Inquiry into the circumstances attending an outbreak of cholera in H. M.'s 18th Hussars at Secunderabad in the month of May
Year: 1871
Disease focus: Cholera
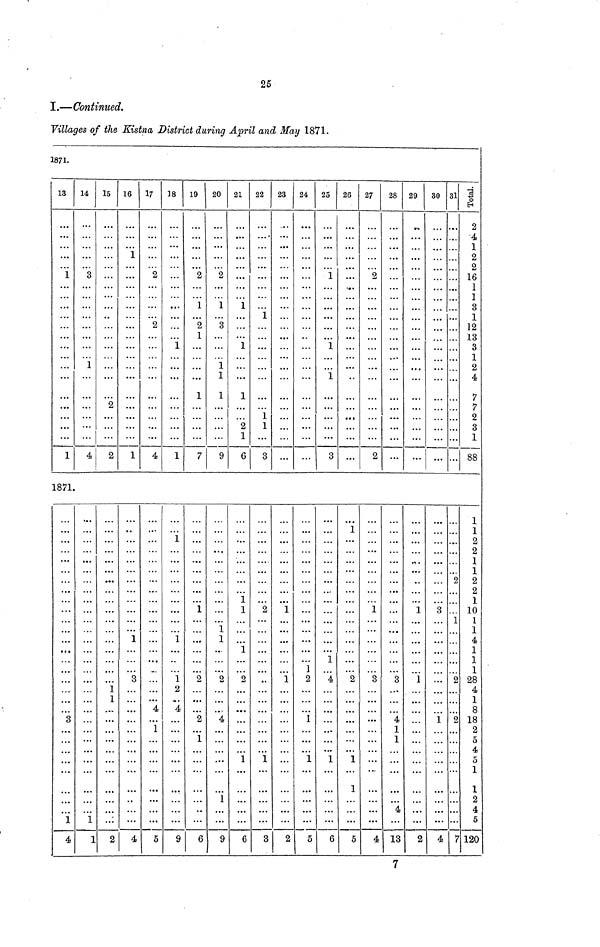
25
I.—Continued.
Villages of the Kistna District during April and May 1871.
1871.
13
1
1
1871.
3
1
4
14
3
1
4
1
1
15
2
2
1
1
2
16
1
1
1
3
4
17
2
2
4
4
1
5
18
1
1
1
1
1
2
4
9
19
2
1
2
1
1
7
1
2
2
1
6
20
2
1
3
1
1
1
9
1
1
2
4
1
9
21
1
1
1
2
1
6
1
1
1
2
1
6
22
1
1
1
3
2
1
3
23
1
1
2
24
1
2
1
1
5
25
1
1
1
3
1
4
1
6
26
1
2
1
1
5
27
2
2
1
3
4
28
3
4
1
1
4
13
29
1
1
2
30
3
1
4
31
2
1
2
2
7
Total.
2
4
1
2
2
16
1
1
3
1
12
13
3
1
2
4
7
7
2
3
1
88
1
1
2
2
1
1
2
2
1
10
1
1
4
1
1
1
28
4
1
8
18
2
5
4
5
1
1
2
4
5
120